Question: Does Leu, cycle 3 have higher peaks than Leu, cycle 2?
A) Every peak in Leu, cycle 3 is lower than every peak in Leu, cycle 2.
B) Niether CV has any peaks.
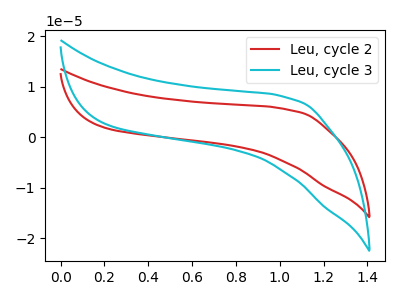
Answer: <think>The red curve "Leu, cycle 2" has no peaks. The cyan curve "Leu, cycle 3" has no peaks.</think>
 <answer>B) Niether CV has any peaks.</answer>
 <eval>B</eval>